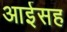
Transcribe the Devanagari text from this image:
आईसह